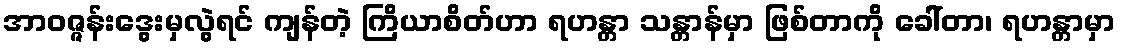
အာဝဇ္ဇန်းဒွေးမှလွဲရင် ကျန်တဲ့ ကြိယာစိတ်ဟာ ရဟန္တာ သန္တာန်မှာ ဖြစ်တာကို ခေါ်တာ၊ ရဟန္တာမှာ